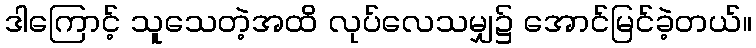
ဒါကြောင့် သူသေတဲ့အထိ လုပ်လေသမျှ၌ အောင်မြင်ခဲ့တယ်။